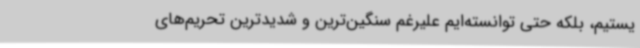
یستیم، بلکه حتی توانسته‌ایم علیرغم سنگین‌ترین و شدیدترین تحریم‌های